Civil Veterinary Dept. North-West Frontier Province 1923-32 - 1923-1932
Year: 1923
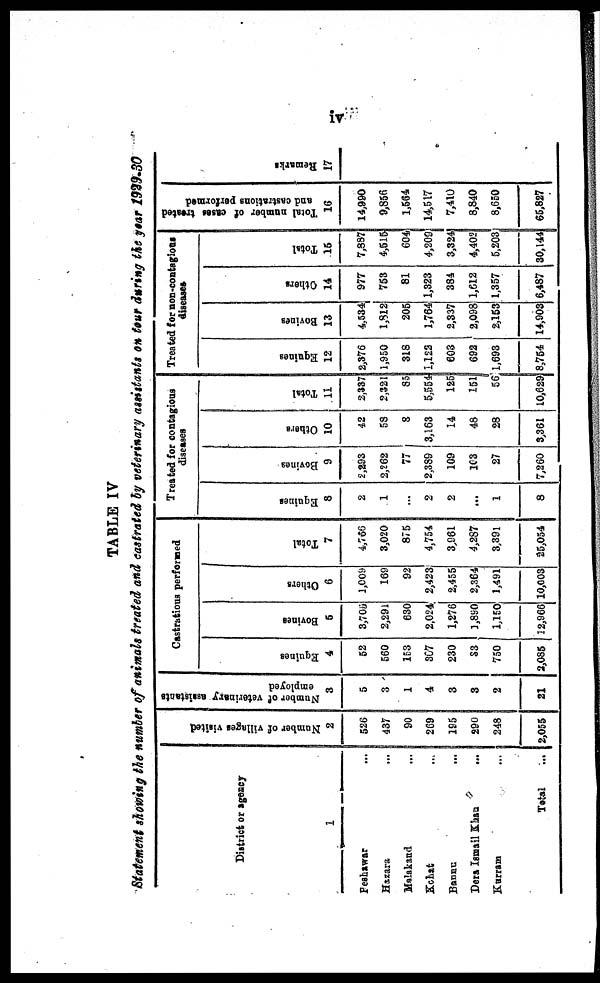
iv
TABLE IV
Statement showing the number of animals treated and castrated by veterinary assistants on tour during the year 1929-30
District or agency
1
Peshawar ...
Hazara
...
Malakand ...
Kohat ...
Bannu
...
Dera Ismail Khan ...
Kurram ...
Total ...
Number of villages visited,
2
526
437
90
269
195
290
248
2,055
Number of veterinary assistants
employed
3
5
3
1
4
3
3
2
21
Castratious performed
Equines
4
52
560
153
307
230
33
750
2,085
Bovines
5
3,705
2,291
630
2,024
1,276
1,890
1,150
12,966
Others
6
1,009
169
92
2,423
2,455
2,364
1,491
10,003
Total
7
4,766
3,020
875
4,754
3,961
4,287
3,391
25,054
Treated for contagions
diseases
Equines
8
2
1
...
2
2
...
1
8
Bovines
9
2,293
2,262
77
2,389
109
103
27
7,260
Others
10
42
58
8
3,163
14
48
28
3,361
Total
11
2,337
2,321
85
5,554
125
151
56
10,629
Treated for non-contagious
diseases
Equities
12
2,376
1,950
318
1,122
603
692
1,693
8,754
Bovines
13
4,534
1,812
205
1,764
2,337
2,098
2,153
14,903
Others
14
977
753
81
1,323
384
1,612
1,357
6,487
Total
15
7,887
4,515
604
4,209
3,324
4,402
5,203
30,144
Total number of cases treated
and castrations performed
16
14,990
9,856
1,564
14,517
7,410
8,840
8,650
65,827
Remarks
17